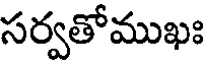
సర్వతోముఖః